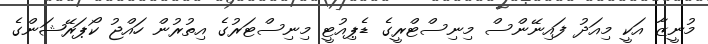
މުނީޒާ އަކީ މިއަދު ފައިނޭންސް މިނިސްޓްރީގެ ޑެޕިއުޓީ މިނިސްޓަރުގެ އިތުރުން ހައްޖު ކޯޕަރޭޝަންގެ